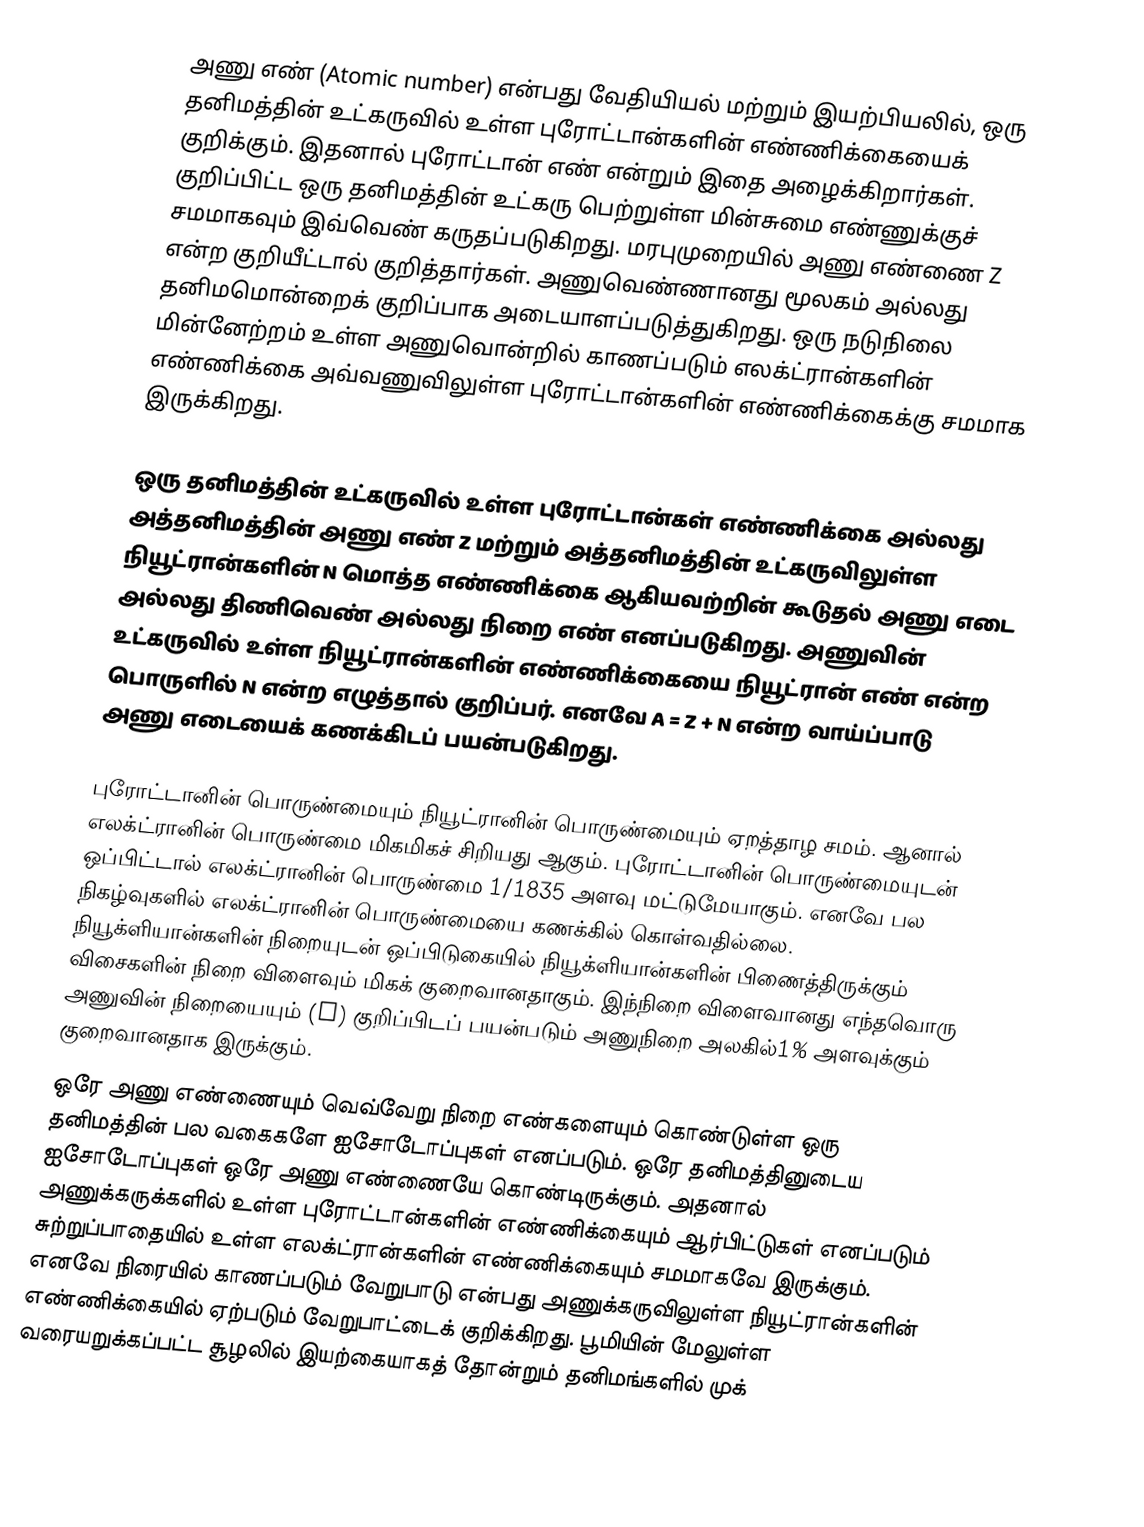
அணு எண் (Atomic number) என்பது வேதியியல் மற்றும் இயற்பியலில், ஒரு தனிமத்தின் உட்கருவில் உள்ள புரோட்டான்களின் எண்ணிக்கையைக் குறிக்கும். இதனால் புரோட்டான் எண் என்றும் இதை அழைக்கிறார்கள். குறிப்பிட்ட ஒரு தனிமத்தின் உட்கரு பெற்றுள்ள மின்சுமை எண்ணுக்குச் சமமாகவும் இவ்வெண் கருதப்படுகிறது. மரபுமுறையில் அணு எண்ணை Z என்ற குறியீட்டால் குறித்தார்கள். அணுவெண்ணானது மூலகம் அல்லது தனிமமொன்றைக் குறிப்பாக அடையாளப்படுத்துகிறது. ஒரு நடுநிலை மின்னேற்றம் உள்ள அணுவொன்றில் காணப்படும் எலக்ட்ரான்களின் எண்ணிக்கை அவ்வணுவிலுள்ள புரோட்டான்களின் எண்ணிக்கைக்கு சமமாக இருக்கிறது.

ஒரு தனிமத்தின் உட்கருவில் உள்ள புரோட்டான்கள் எண்ணிக்கை அல்லது அத்தனிமத்தின் அணு எண் Z மற்றும் அத்தனிமத்தின் உட்கருவிலுள்ள நியூட்ரான்களின் N மொத்த எண்ணிக்கை ஆகியவற்றின் கூடுதல் அணு எடை அல்லது திணிவெண் அல்லது நிறை எண் எனப்படுகிறது. அணுவின் உட்கருவில் உள்ள நியூட்ரான்களின் எண்ணிக்கையை நியூட்ரான் எண் என்ற பொருளில் N என்ற எழுத்தால் குறிப்பர். எனவே A = Z + N என்ற வாய்ப்பாடு அணு எடையைக் கணக்கிடப் பயன்படுகிறது.

புரோட்டானின் பொருண்மையும் நியூட்ரானின் பொருண்மையும் ஏறத்தாழ சமம். ஆனால் எலக்ட்ரானின் பொருண்மை மிகமிகச் சிறியது ஆகும். புரோட்டானின் பொருண்மையுடன் ஒப்பிட்டால் எலக்ட்ரானின் பொருண்மை 1/1835 அளவு மட்டுமேயாகும். எனவே பல நிகழ்வுகளில் எலக்ட்ரானின் பொருண்மையை கணக்கில் கொள்வதில்லை. நியூக்ளியான்களின் நிறையுடன் ஒப்பிடுகையில் நியூக்ளியான்களின் பிணைத்திருக்கும் விசைகளின் நிறை விளைவும் மிகக் குறைவானதாகும். இந்நிறை விளைவானது எந்தவொரு அணுவின் நிறையையும் (A) குறிப்பிடப் பயன்படும் அணுநிறை  அலகில்1% அளவுக்கும் குறைவானதாக இருக்கும்.
ஒரே அணு எண்ணையும் வெவ்வேறு நிறை  எண்களையும் கொண்டுள்ள ஒரு தனிமத்தின் பல வகைகளே ஐசோடோப்புகள் எனப்படும். ஒரே தனிமத்தினுடைய ஐசோடோப்புகள் ஒரே அணு எண்ணையே கொண்டிருக்கும். அதனால் அணுக்கருக்களில் உள்ள புரோட்டான்களின் எண்ணிக்கையும் ஆர்பிட்டுகள் எனப்படும் சுற்றுப்பாதையில் உள்ள எலக்ட்ரான்களின் எண்ணிக்கையும் சமமாகவே இருக்கும். எனவே நிரையில் காணப்படும் வேறுபாடு என்பது அணுக்கருவிலுள்ள நியூட்ரான்களின் எண்ணிக்கையில் ஏற்படும் வேறுபாட்டைக் குறிக்கிறது. பூமியின் மேலுள்ள வரையறுக்கப்பட்ட சூழலில்  இயற்கையாகத் தோன்றும் தனிமங்களில் முக்